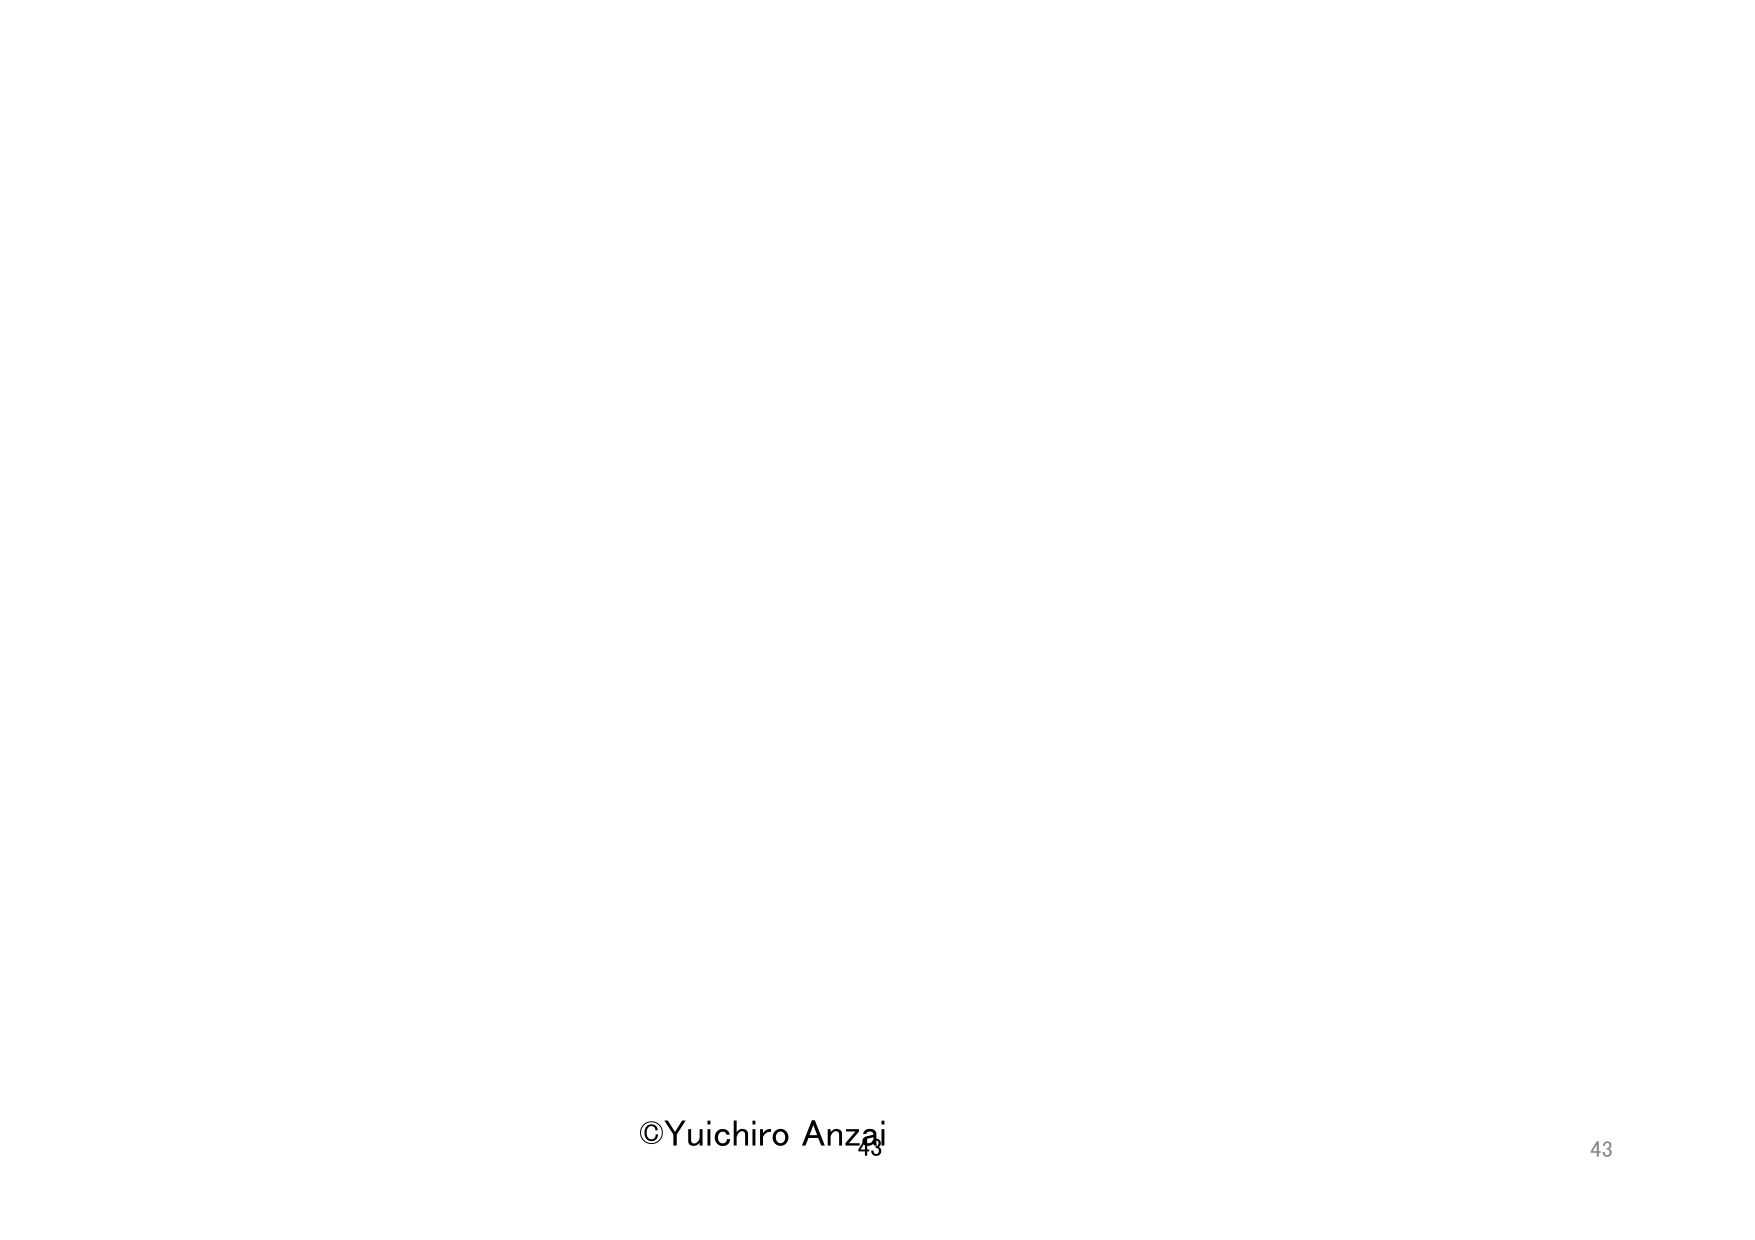
©Yuichiro Anzai
43